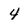
Character: 4